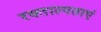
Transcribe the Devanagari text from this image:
रक्ताल्पताएं